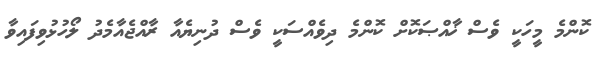
ކޮންމެ މީހަކީ ވެސް ޚާއްޞަކޮށް ކޮންމެ ދިވެއްސަކީ ވެސް ދުނިޔެއާ ރާއްޖެއާމެދު ލޯހުޅުވިފައިވާ